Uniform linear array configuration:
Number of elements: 32
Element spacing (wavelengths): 0.75
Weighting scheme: cosine
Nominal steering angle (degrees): -60
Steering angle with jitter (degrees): -61.652
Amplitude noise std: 0.05
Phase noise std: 0.05

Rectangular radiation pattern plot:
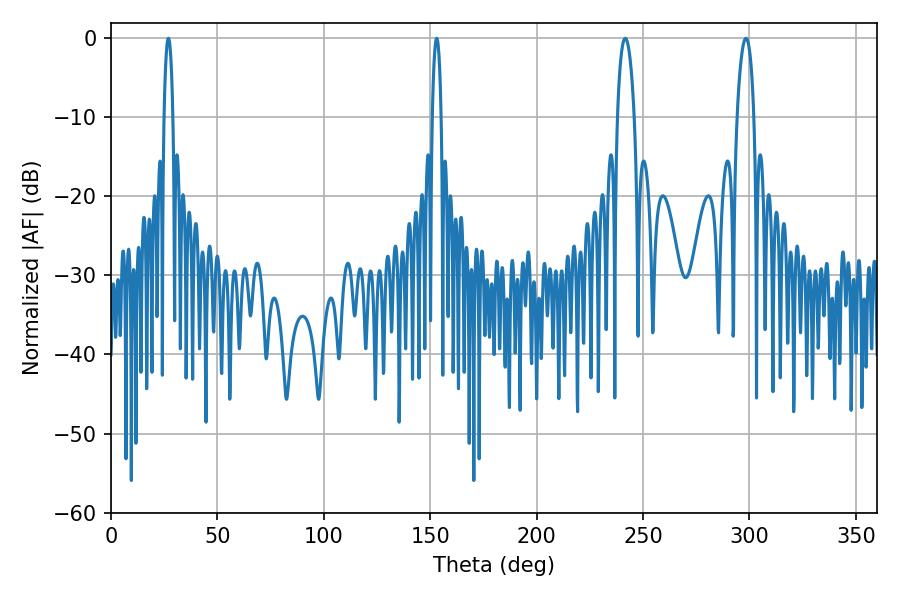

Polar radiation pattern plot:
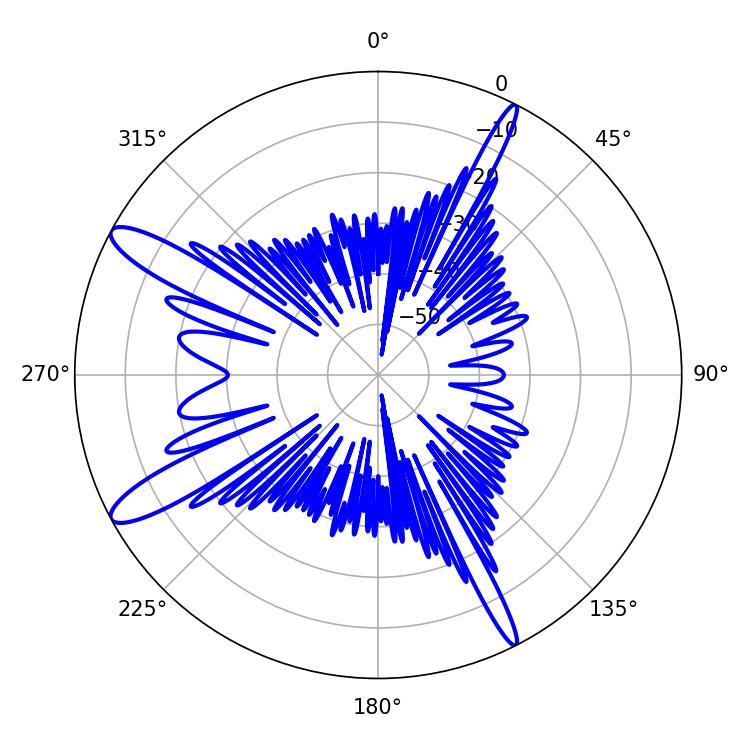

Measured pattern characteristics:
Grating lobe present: TRUE
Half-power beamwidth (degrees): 2.34
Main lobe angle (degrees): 27